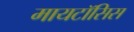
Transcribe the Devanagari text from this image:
मायटॉसिस